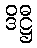
ဒိဋ္ဌီ